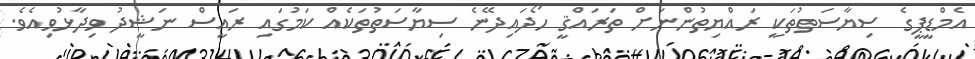
އެމްޑީޕީގެ ސިޔާސަތުތަކީ ރައްޔިތުންނަށް ތަރައްޤީ ހޯދައިދޭނެ ސިޔާސަތުތަކެއް ކަމުގައި ރައީސް ނަޝީދު ވިދާޅުވިއެވެ.